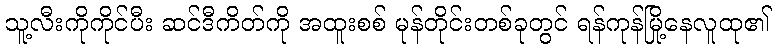
သူ့လီးကိုကိုင်ပီး ဆင်ဒီကိတ်ကို အထူးစစ် မုန်တိုင်းတစ်ခုတွင် ရန်ကုန်မြို့နေလူထု၏